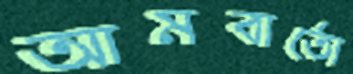
আমবার্তো